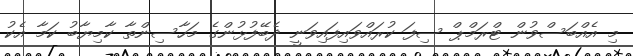
މި އެއްބަސްވުން ޓްރަމްޕް ސިފަ ކުރައްވައިފައިވަނީ ދެބޭފުޅުންގެ މަހާސިންތާ ކާމިޔާބު ކަމާ އެކު